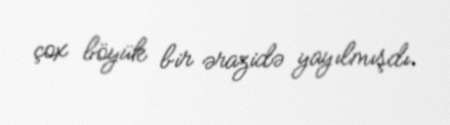
çox böyük bir ərazidə yayılmışdı.